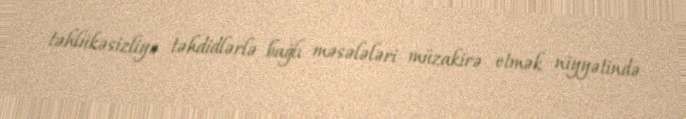
təhlükəsizliyə təhdidlərlə bağlı məsələləri müzakirə etmək niyyətində